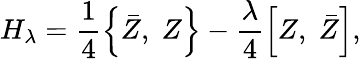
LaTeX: H_{\lambda}=\frac 14\left\{ \bar{Z},\; Z\right\} -\frac\lambda 4\left[Z,\; \bar{Z}\right],